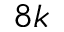
8 k